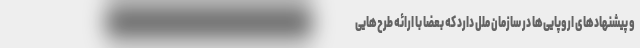
و پیشنهاد‌های اروپایی‌ها در سازمان ملل دارد که بعضا با ارائه طرح‌هایی